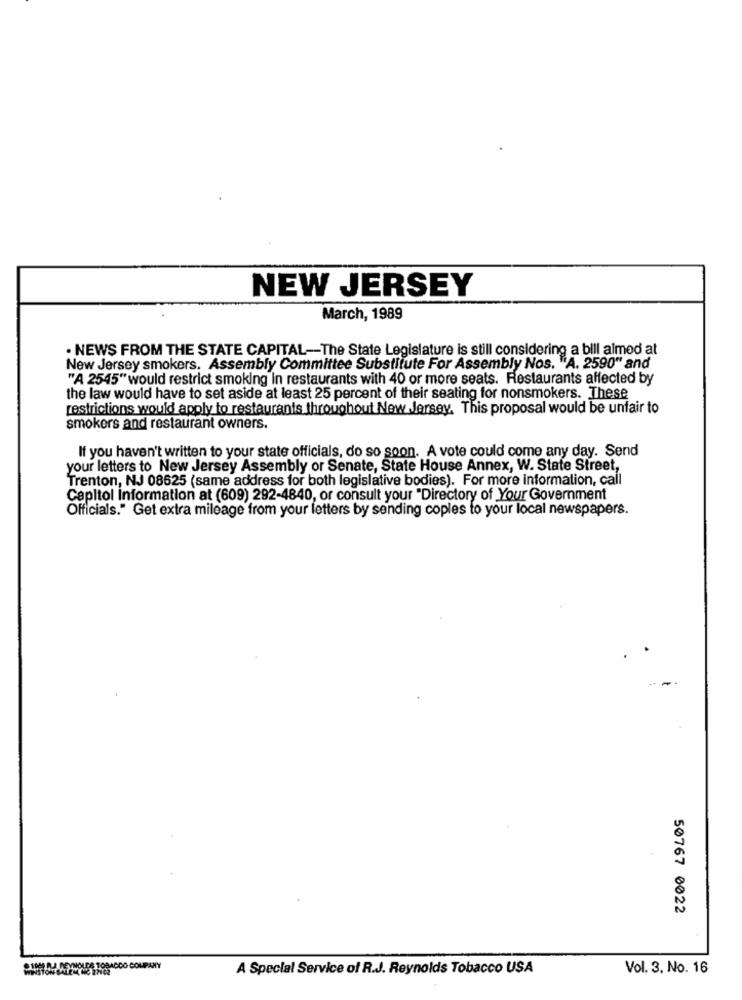
NEW JERSEY
March, 1989
· NEWS FROM THE STATE CAPITAL -- The State Legislature is still considering a bill aimed at
New Jersey smokers. Assembly Committee Substitute For Assembly Nos. "A. 2590" and
"A 2545"would restrict smoking in restaurants with 40 or more seats. Restaurants affected by
the law would have to set aside at least 25 percent of their seating for nonsmokers. These
restrictions would apply to restaurants throughout New Jersey. This proposal would be unfair to
smokers and restaurant owners.
If you haven't written to your state officials, do so soon. A vote could come any day. Send
your letters to New Jersey Assembly or Senate, State House Annex, W. State Street,
Trenton, NJ 08625 (same address for both legislative bodies). For more information, call
Capitol information at (609) 292-4840, or consult your "Directory of Your Government
Officials." Get extra mileage from your letters by sending copies to your local newspapers.
50767 0022
Q10 REYNOLDS TOBACCO COMPANY
A Special Service of R.J. Reynolds Tobacco USA
Vol. 3. No. 16